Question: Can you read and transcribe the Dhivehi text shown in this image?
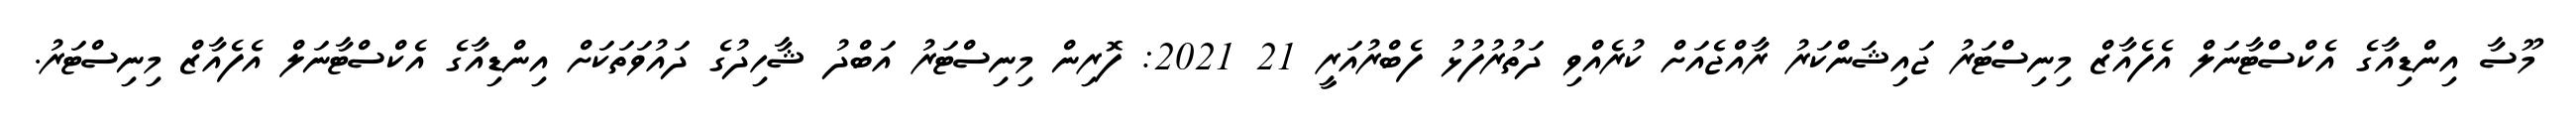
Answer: މޫސާ އިންޑިއާގެ އެކްސްޓާނަލް އެފެއާޒް މިނިސްޓަރު ޖައިޝަންކަރު ރާއްޖެއަށް ކުރެއްވި ދަތުރުފުޅު ފެބްރުއަރީ 21 2021: ފޮރިން މިނިސްޓަރު އަބްދު ޝާހިދުގެ ދައުވަތަކަށް އިންޑިއާގެ އެކްސްޓާނަލް އެފެއާޒް މިނިސްޓަރު.